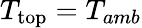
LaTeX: T_{\mathrm{top}}=T_{amb}